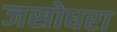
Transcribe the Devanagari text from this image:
जसोधरा